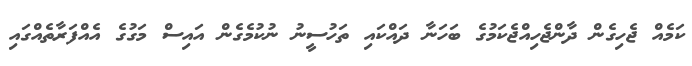
ކަމެއް ޖެހިގެން ދާންޖެހިއްޖެކަމުގެ ބަހަނާ ދައްކައި ތަހުސީނު ނުކުމެގެން އައިސް މަގުގެ އެއްފަރާތެއްގައި